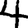
Digit: 4